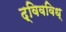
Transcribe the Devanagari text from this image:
द्विवविध्